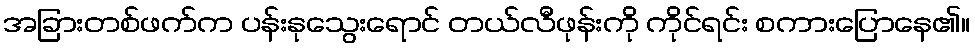
အခြားတစ်ဖက်က ပန်းနုသွေးရောင် တယ်လီဖုန်းကို ကိုင်ရင်း စကားပြောနေ၏။